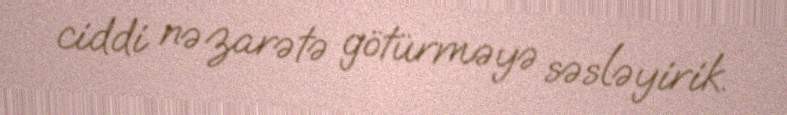
ciddi nəzarətə götürməyə səsləyirik.